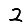
Digit: 2